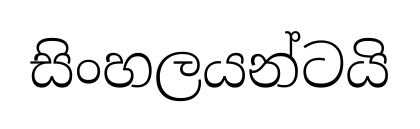
සිංහලයන්ටයි